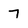
Character: 7